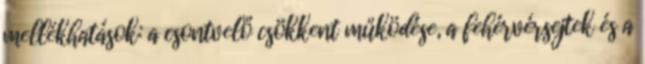
mellékhatások: a csontvelő csökkent működése, a fehérvérsejtek és a